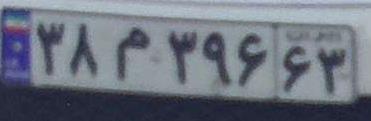
۳۸م۳۹۶۶۳